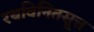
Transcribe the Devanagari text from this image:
रथविनितसूत्त